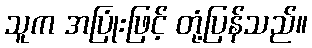
သူက အပြုံးဖြင့် တုံ့ပြန်သည်။